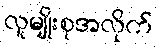
လူမျိုးစုအလိုက်